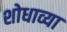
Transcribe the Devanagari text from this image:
शोधाव्या